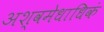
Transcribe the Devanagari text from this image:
अश्वमेधाधिकं